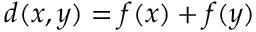
d ( x , y ) = f ( x ) + f ( y )